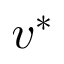
v ^ { * }